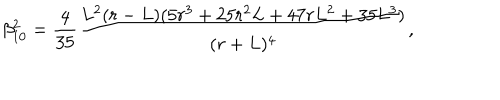
\beta _ { 1 0 } ^ { 2 } = \frac { 4 } { 3 5 } \frac { L ^ { 2 } ( r - L ) ( 5 r ^ { 3 } + 2 5 r ^ { 2 } L + 4 7 r L ^ { 2 } + 3 5 L ^ { 3 } ) } { ( r + L ) ^ { 4 } } ,